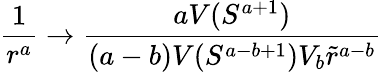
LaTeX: \frac{1}{r^{a}}\rightarrow\frac{aV(S^{a+1})}{(a-b)V(S^{a-b+1})V_{b}\tilde{r}^{a-b}}